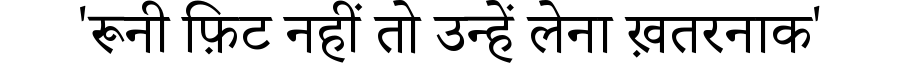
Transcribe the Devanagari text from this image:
'रूनी फ़िट नहीं तो उन्हें लेना ख़तरनाक'